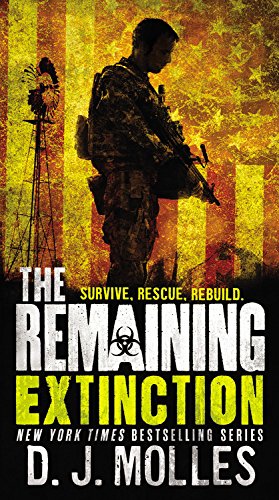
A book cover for The Remaining: Extinction; D.J. Molles; Mystery, Thriller & Suspense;